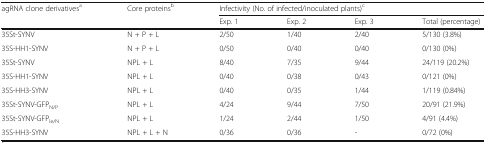
<table><thead><tr><td rowspan="2"><b>agRNA clone derivatives<sup>a</sup></b></td><td rowspan="2"><b>Core proteins<sup>b</sup></b></td><td colspan="4"><b>Infectivity (No. of infected/inoculated plants)<sup>c</sup></b></td></tr><tr><td><b>Exp. 1</b></td><td><b>Exp. 2</b></td><td><b>Exp. 3</b></td><td><b>Total (percentage)</b></td></tr></thead><tbody><tr><td>35St-SYNV</td><td>N + P + L</td><td>2/50</td><td>1/40</td><td>2/40</td><td>5/130 (3.8%)</td></tr><tr><td>35S-HH1-SYNV</td><td>N + P + L</td><td>0/50</td><td>0/40</td><td>0/40</td><td>0/130 (0%)</td></tr><tr><td>35St-SYNV</td><td>NPL + L</td><td>8/40</td><td>7/35</td><td>9/44</td><td>24/119 (20.2%)</td></tr><tr><td>35S-HH1-SYNV</td><td>NPL + L</td><td>0/40</td><td>0/38</td><td>0/43</td><td>0/121 (0%)</td></tr><tr><td>35S-HH3-SYNV</td><td>NPL + L</td><td>0/40</td><td>0/35</td><td>1/44</td><td>1/119 (0.84%)</td></tr><tr><td>35St-SYNV-GFP<sub>N/P</sub></td><td>NPL + L</td><td>4/24</td><td>9/44</td><td>7/50</td><td>20/91 (21.9%)</td></tr><tr><td>35St-SYNV-GFP<sub>le/N</sub></td><td>NPL + L</td><td>1/24</td><td>2/44</td><td>1/50</td><td>4/91 (4.4%)</td></tr><tr><td>35S-HH3-SYNV</td><td>NPL + L + N</td><td>0/36</td><td>0/36</td><td>-</td><td>0/72 (0%)</td></tr></tbody></table>